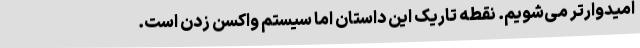
امیدوارتر می‌شویم. نقطه تاریک این داستان اما سیستم واکسن زدن است.